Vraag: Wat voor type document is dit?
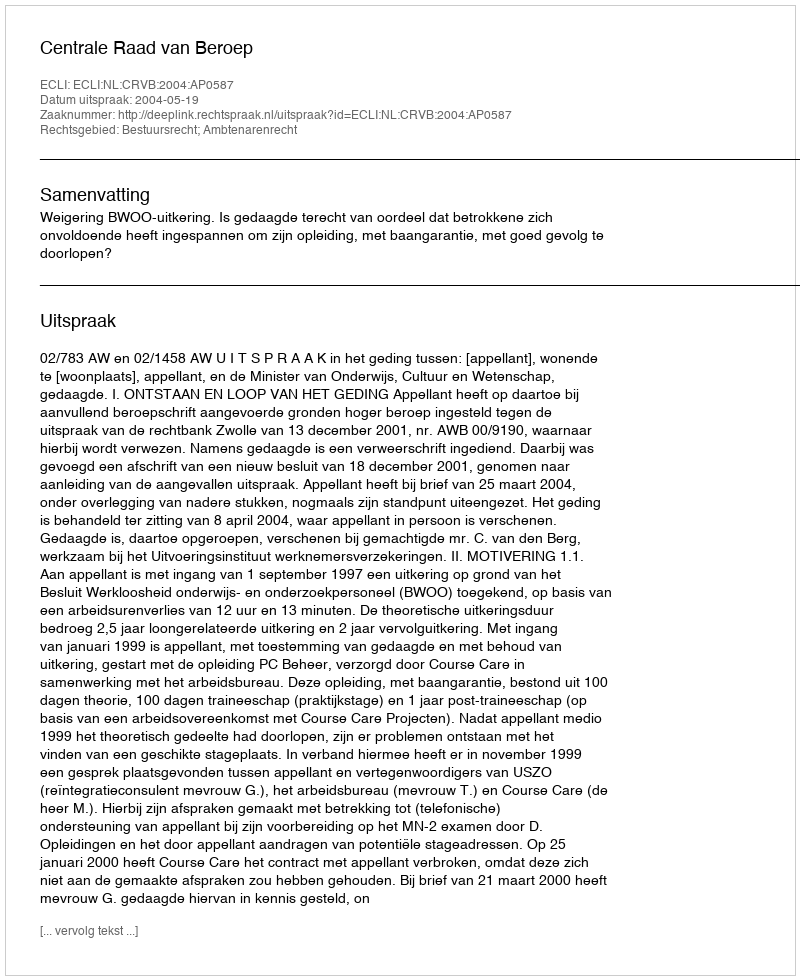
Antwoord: Uitspraak